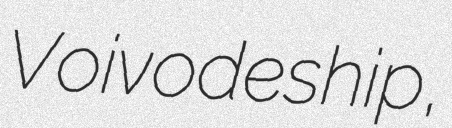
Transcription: Voivodeship,